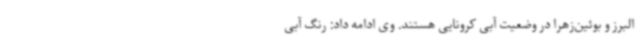
البرز و بوئین‌زهرا در وضعیت آبی کرونایی هستند. وی ادامه داد: رنگ آبی